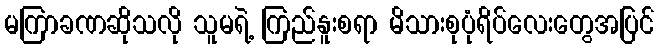
မကြာခဏဆိုသလို သူမရဲ့ ကြည်နူးစရာ မိသားစုပုံရိပ်လေးတွေအပြင်